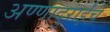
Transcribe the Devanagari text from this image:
अण्णादुराईंचे